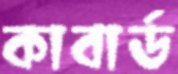
কাবার্ড